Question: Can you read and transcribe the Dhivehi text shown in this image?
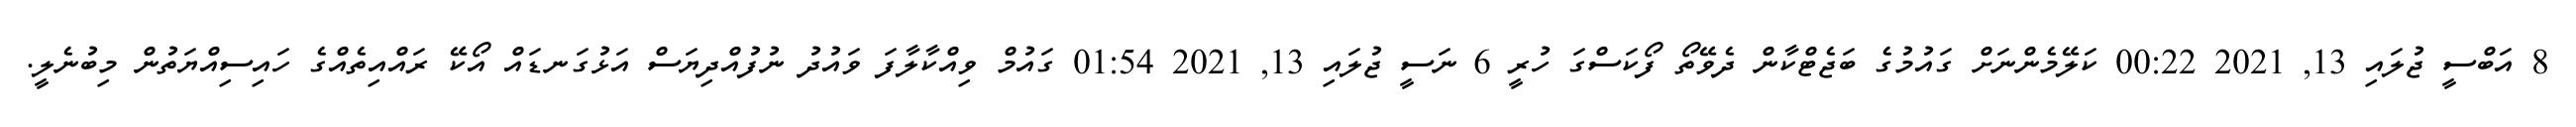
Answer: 8 އަބްސީ ޖުލައި 13, 2021 00:22 ކަލޭމެންނަށް ގައުމުގެ ބަޖެޓްކާން ދެވޭތޯ ފޯކަސްގަ ހުރީ 6 ނަސީ ޖުލައި 13, 2021 01:54 ގައުމް ވިއްކާލާފަ ވައުދު ނުފުއްދިޔަސް އަޅުގަނޑައް އޯކޭ ރައްއިތެއްގެ ހައިސިއްޔަތުން މިބުނެލީ.